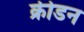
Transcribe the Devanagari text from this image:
क्रीडन